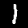
Digit: 1